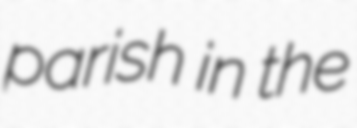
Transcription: parish in the